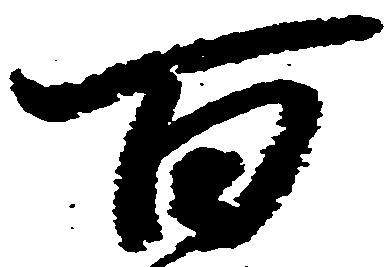
百